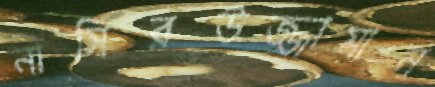
নাসিরউজ্জামান